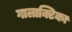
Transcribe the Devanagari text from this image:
गालाक्टिका